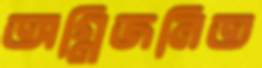
অগ্নিজনিত